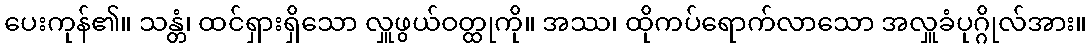
ပေးကုန်၏။ သန္တံ၊ ထင်ရှားရှိသော လှူဖွယ်ဝတ္ထုကို။ အဿ၊ ထိုကပ်ရောက်လာသော အလှူခံပုဂ္ဂိုလ်အား။